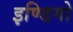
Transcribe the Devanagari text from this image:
इण्डिगो